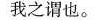
我之谓也。